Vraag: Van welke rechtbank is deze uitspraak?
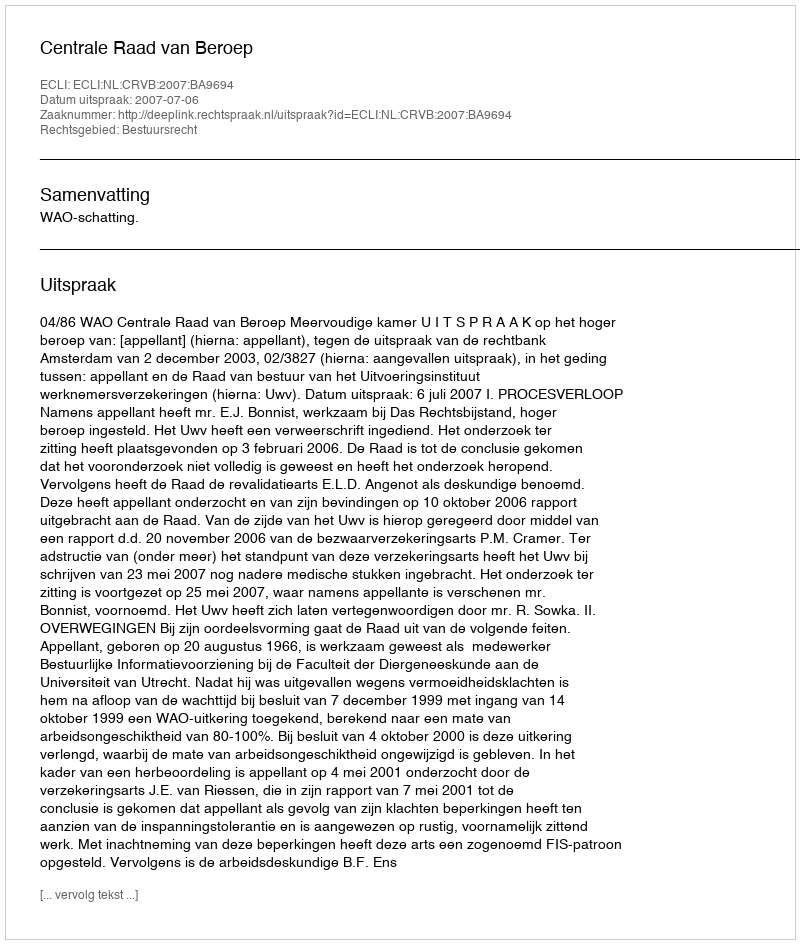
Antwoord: Centrale Raad van Beroep